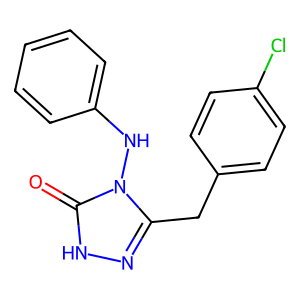
SMILES: O=c1[nH]nc(Cc2ccc(Cl)cc2)n1Nc1ccccc1
Inhibits HIV replication: No